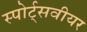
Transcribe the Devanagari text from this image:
स्पोर्ट्सवीयर